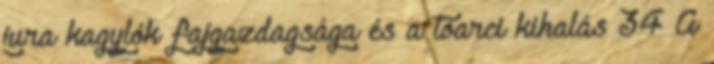
jura kagylók fajgazdagsága és a toarci kihalás 34 A